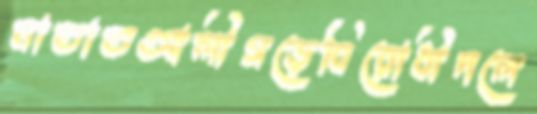
মাতাতআলীগড়েবিরোধীদলে